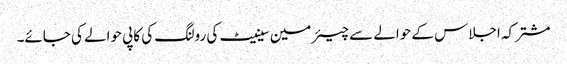
مشترکہ اجلاس کے حوالے سے چیئرمین سینیٹ کی رولنگ کی کاپی حوالے کی جائے۔